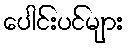
ပေါင်းပင်များ